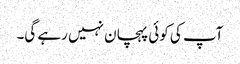
آپ کی کوئی پہچان نہیں رہے گی۔